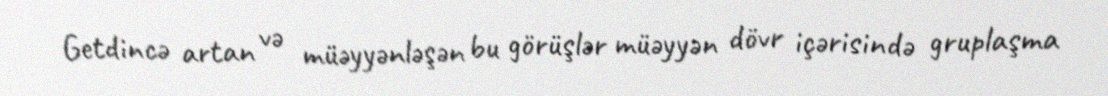
Getdincə artan və müəyyənləşən bu görüşlər müəyyən dövr içərisində gruplaşma